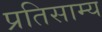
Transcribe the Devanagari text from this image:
प्रतिसाम्य